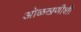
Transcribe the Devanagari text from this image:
ओळखणीशी